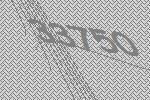
33750